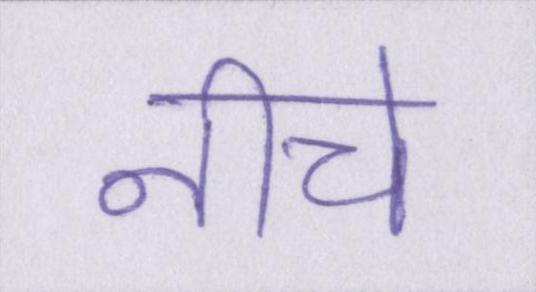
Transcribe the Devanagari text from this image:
नीचे